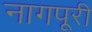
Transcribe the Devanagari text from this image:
नागपूरी